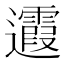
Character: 𨙉